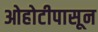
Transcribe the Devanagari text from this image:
ओहोटीपासून